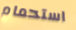
استحمام